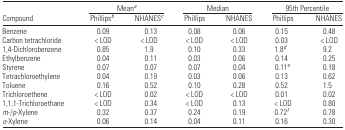
|  | <COLSPAN=2> Meana | <COLSPAN=2> Median | <COLSPAN=2> 95th Percentile |
 | Compound | Phillipsb | NHANESc | Phillips | NHANES | Phillips | NHANES |
 | --- | --- | --- | --- | --- | --- | --- |
 | Benzene | 0.09 | 0.13 | 0.08 | 0.06 | 0.15 | 0.48 |
 | Carbon tetrachloride | < LOD | < LOD | < LOD | < LOD | 0.03 | < LOD |
 | 1,4-Dichlorobenzene | 0.85 | 1.9 | 0.10 | 0.33 | 1.8d | 9.2 |
 | Ethylbenzene | 0.04 | 0.11 | 0.03 | 0.06 | 0.14 | 0.25 |
 | Styrene | 0.07 | 0.07 | 0.07 | 0.04 | 0.11e | 0.18 |
 | Tetrachloroethylene | 0.04 | 0.19 | 0.03 | 0.06 | 0.13 | 0.62 |
 | Toluene | 0.16 | 0.52 | 0.10 | 0.28 | 0.52 | 1.5 |
 | Trichloroethene | < LOD | 0.02 | < LOD | < LOD | 0.01 | 0.02 |
 | 1,1,1-Trichloroethane | < LOD | 0.34 | < LOD | 0.13 | < LOD | 0.80 |
 | m-/p-Xylene | 0.32 | 0.37 | 0.24 | 0.19 | 0.72f | 0.78 |
 | o-Xylene | 0.06 | 0.14 | 0.04 | 0.11 | 0.16 | 0.30 |